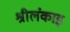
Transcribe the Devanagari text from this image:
श्रीलंकाइ